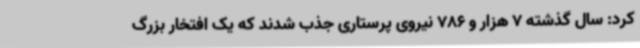
کرد: سال گذشته 7 هزار و 786 نیروی پرستاری جذب شدند که یک افتخار بزرگ